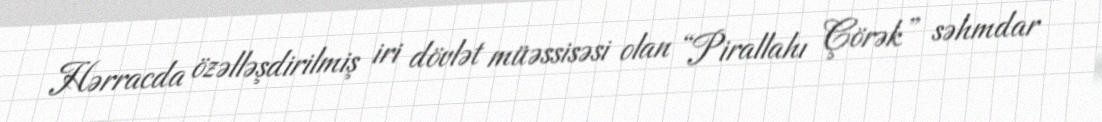
Hərracda özəlləşdirilmiş iri dövlət müəssisəsi olan “Pirallahı Çörək” səhmdar